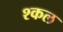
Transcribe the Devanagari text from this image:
श्कल